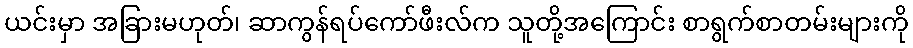
ယင်းမှာ အခြားမဟုတ်၊ ဆာကွန်ရပ်ကော်ဖီးလ်က သူတို့အကြောင်း စာရွက်စာတမ်းများကို